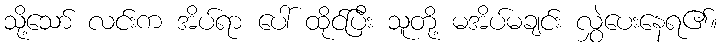
သို့သော် လင်းက အိပ်ရာ ပေါ် ထိုင်ပြီး သူတို့ မအိပ်မချင်း လွှဲပေးနေရ၏။